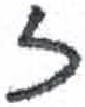
אות: ז